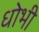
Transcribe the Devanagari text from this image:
धोभी